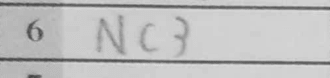
Transcription: Nc3